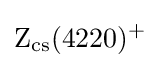
{\rm {Z_{cs}(4220)^{+}}}